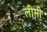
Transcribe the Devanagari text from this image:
लीमी